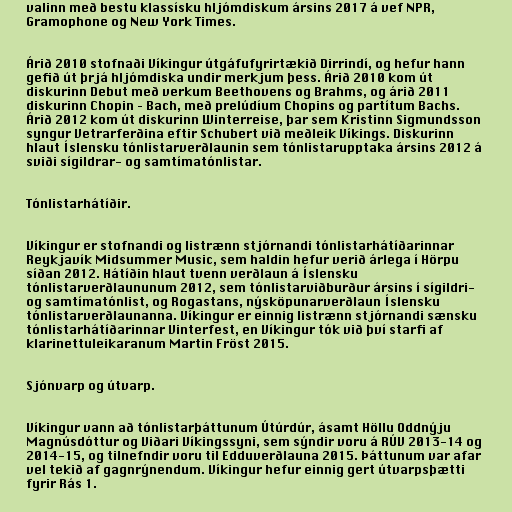
valinn með bestu klassísku hljómdiskum ársins 2017 á vef NPR,
Gramophone og New York Times.

Árið 2010 stofnaði Víkingur útgáfufyrirtækið Dirrindí, og hefur hann
gefið út þrjá hljómdiska undir merkjum þess. Árið 2010 kom út
diskurinn Debut með verkum Beethovens og Brahms, og árið 2011
diskurinn Chopin – Bach, með prelúdíum Chopins og partítum Bachs.
Árið 2012 kom út diskurinn Winterreise, þar sem Kristinn Sigmundsson
syngur Vetrarferðina eftir Schubert við meðleik Víkings. Diskurinn
hlaut Íslensku tónlistarverðlaunin sem tónlistarupptaka ársins 2012 á
sviði sígildrar- og samtímatónlistar.

Tónlistarhátíðir.

Víkingur er stofnandi og listrænn stjórnandi tónlistarhátíðarinnar
Reykjavík Midsummer Music, sem haldin hefur verið árlega í Hörpu
síðan 2012. Hátíðin hlaut tvenn verðlaun á Íslensku
tónlistarverðlaununum 2012, sem tónlistarviðburður ársins í sígildri-
og samtímatónlist, og Rogastans, nýsköpunarverðlaun Íslensku
tónlistarverðlaunanna. Víkingur er einnig listrænn stjórnandi sænsku
tónlistarhátíðarinnar Vinterfest, en Víkingur tók við því starfi af
klarinettuleikaranum Martin Fröst 2015.

Sjónvarp og útvarp.

Víkingur vann að tónlistarþáttunum Útúrdúr, ásamt Höllu Oddnýju
Magnúsdóttur og Viðari Víkingssyni, sem sýndir voru á RÚV 2013-14 og
2014-15, og tilnefndir voru til Edduverðlauna 2015. Þáttunum var afar
vel tekið af gagnrýnendum. Víkingur hefur einnig gert útvarpsþætti
fyrir Rás 1.